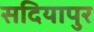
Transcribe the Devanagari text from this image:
सदियापुर